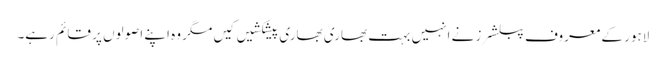
لاہور کے معروف پبلشرز نے انہیں بہت بھاری بھاری پیشکشیں کیں مگر وہ اپنے اصولوں پر قائم رہے۔